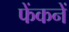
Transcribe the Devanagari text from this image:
फेंकनें